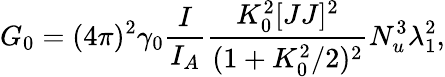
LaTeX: G_{0}=(4\pi)^{2}\gamma_{0}\frac{I}{I_{A}}\frac{K_{0}^{2}[JJ]^{2}}{(1+K_{0}^{2}/2)^{2}}N_{u}^{3}\lambda_{1}^{2},